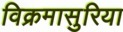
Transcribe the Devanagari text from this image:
विक्रमासुरिया